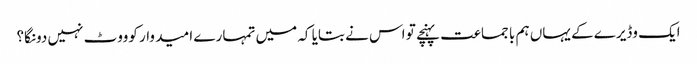
ایک وڈیرے کے یہاں ہم با جماعت پہنچے تو اس نے بتایا کہ میں تمہارے ا مید وار کوووٹ نہیں دونگا؟